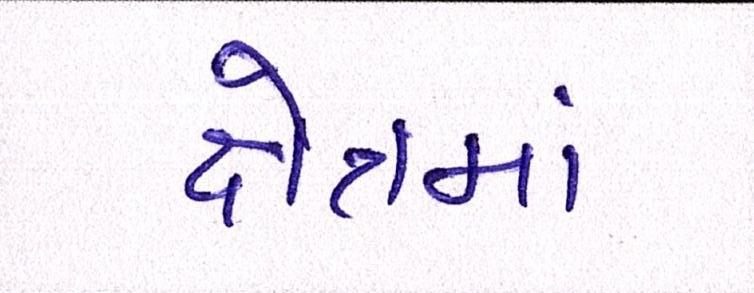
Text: ક્ષેત્રમાં